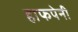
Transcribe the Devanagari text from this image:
हाफपेनी